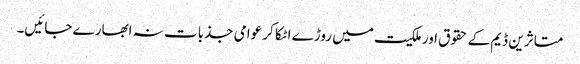
متاثرین ڈیم کے حقوق اور ملکیت میں روڑے اٹکا کر عوامی جذبات نہ ابھارے جائیں۔